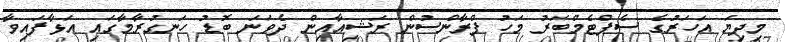
މިދިޔަ އަހަރުގެ ސެޕްޓެމްބަރު މަހު ފްރާންސުން ރަޝިއާއިން ދެވަނަ ބޮޑު ހަނގުރާމާގައި އަޅާފައިވާ